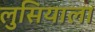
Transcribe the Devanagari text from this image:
लुसियाला